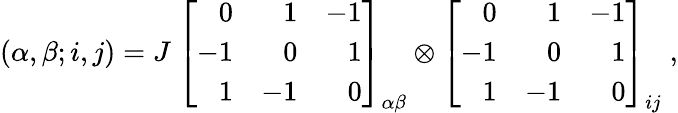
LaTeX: (\alpha,\beta;i,j)=J~{\left[\begin{array}{lll}{\; ~~0}&{\; ~~1}&{-1}\\ {-1}&{\; ~~0}&{\; ~~1}\\ {\; ~~1}&{-1}&{\; ~~0}\end{array}\right]}_{\alpha\beta}\otimes{\left[\begin{array}{lll}{\; ~~0}&{\; ~~1}&{-1}\\ {-1}&{\; ~~0}&{\; ~~1}\\ {\; ~~1}&{-1}&{\; ~~0}\end{array}\right]}_{ij}\; ,